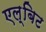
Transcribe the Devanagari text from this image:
एल्बिट